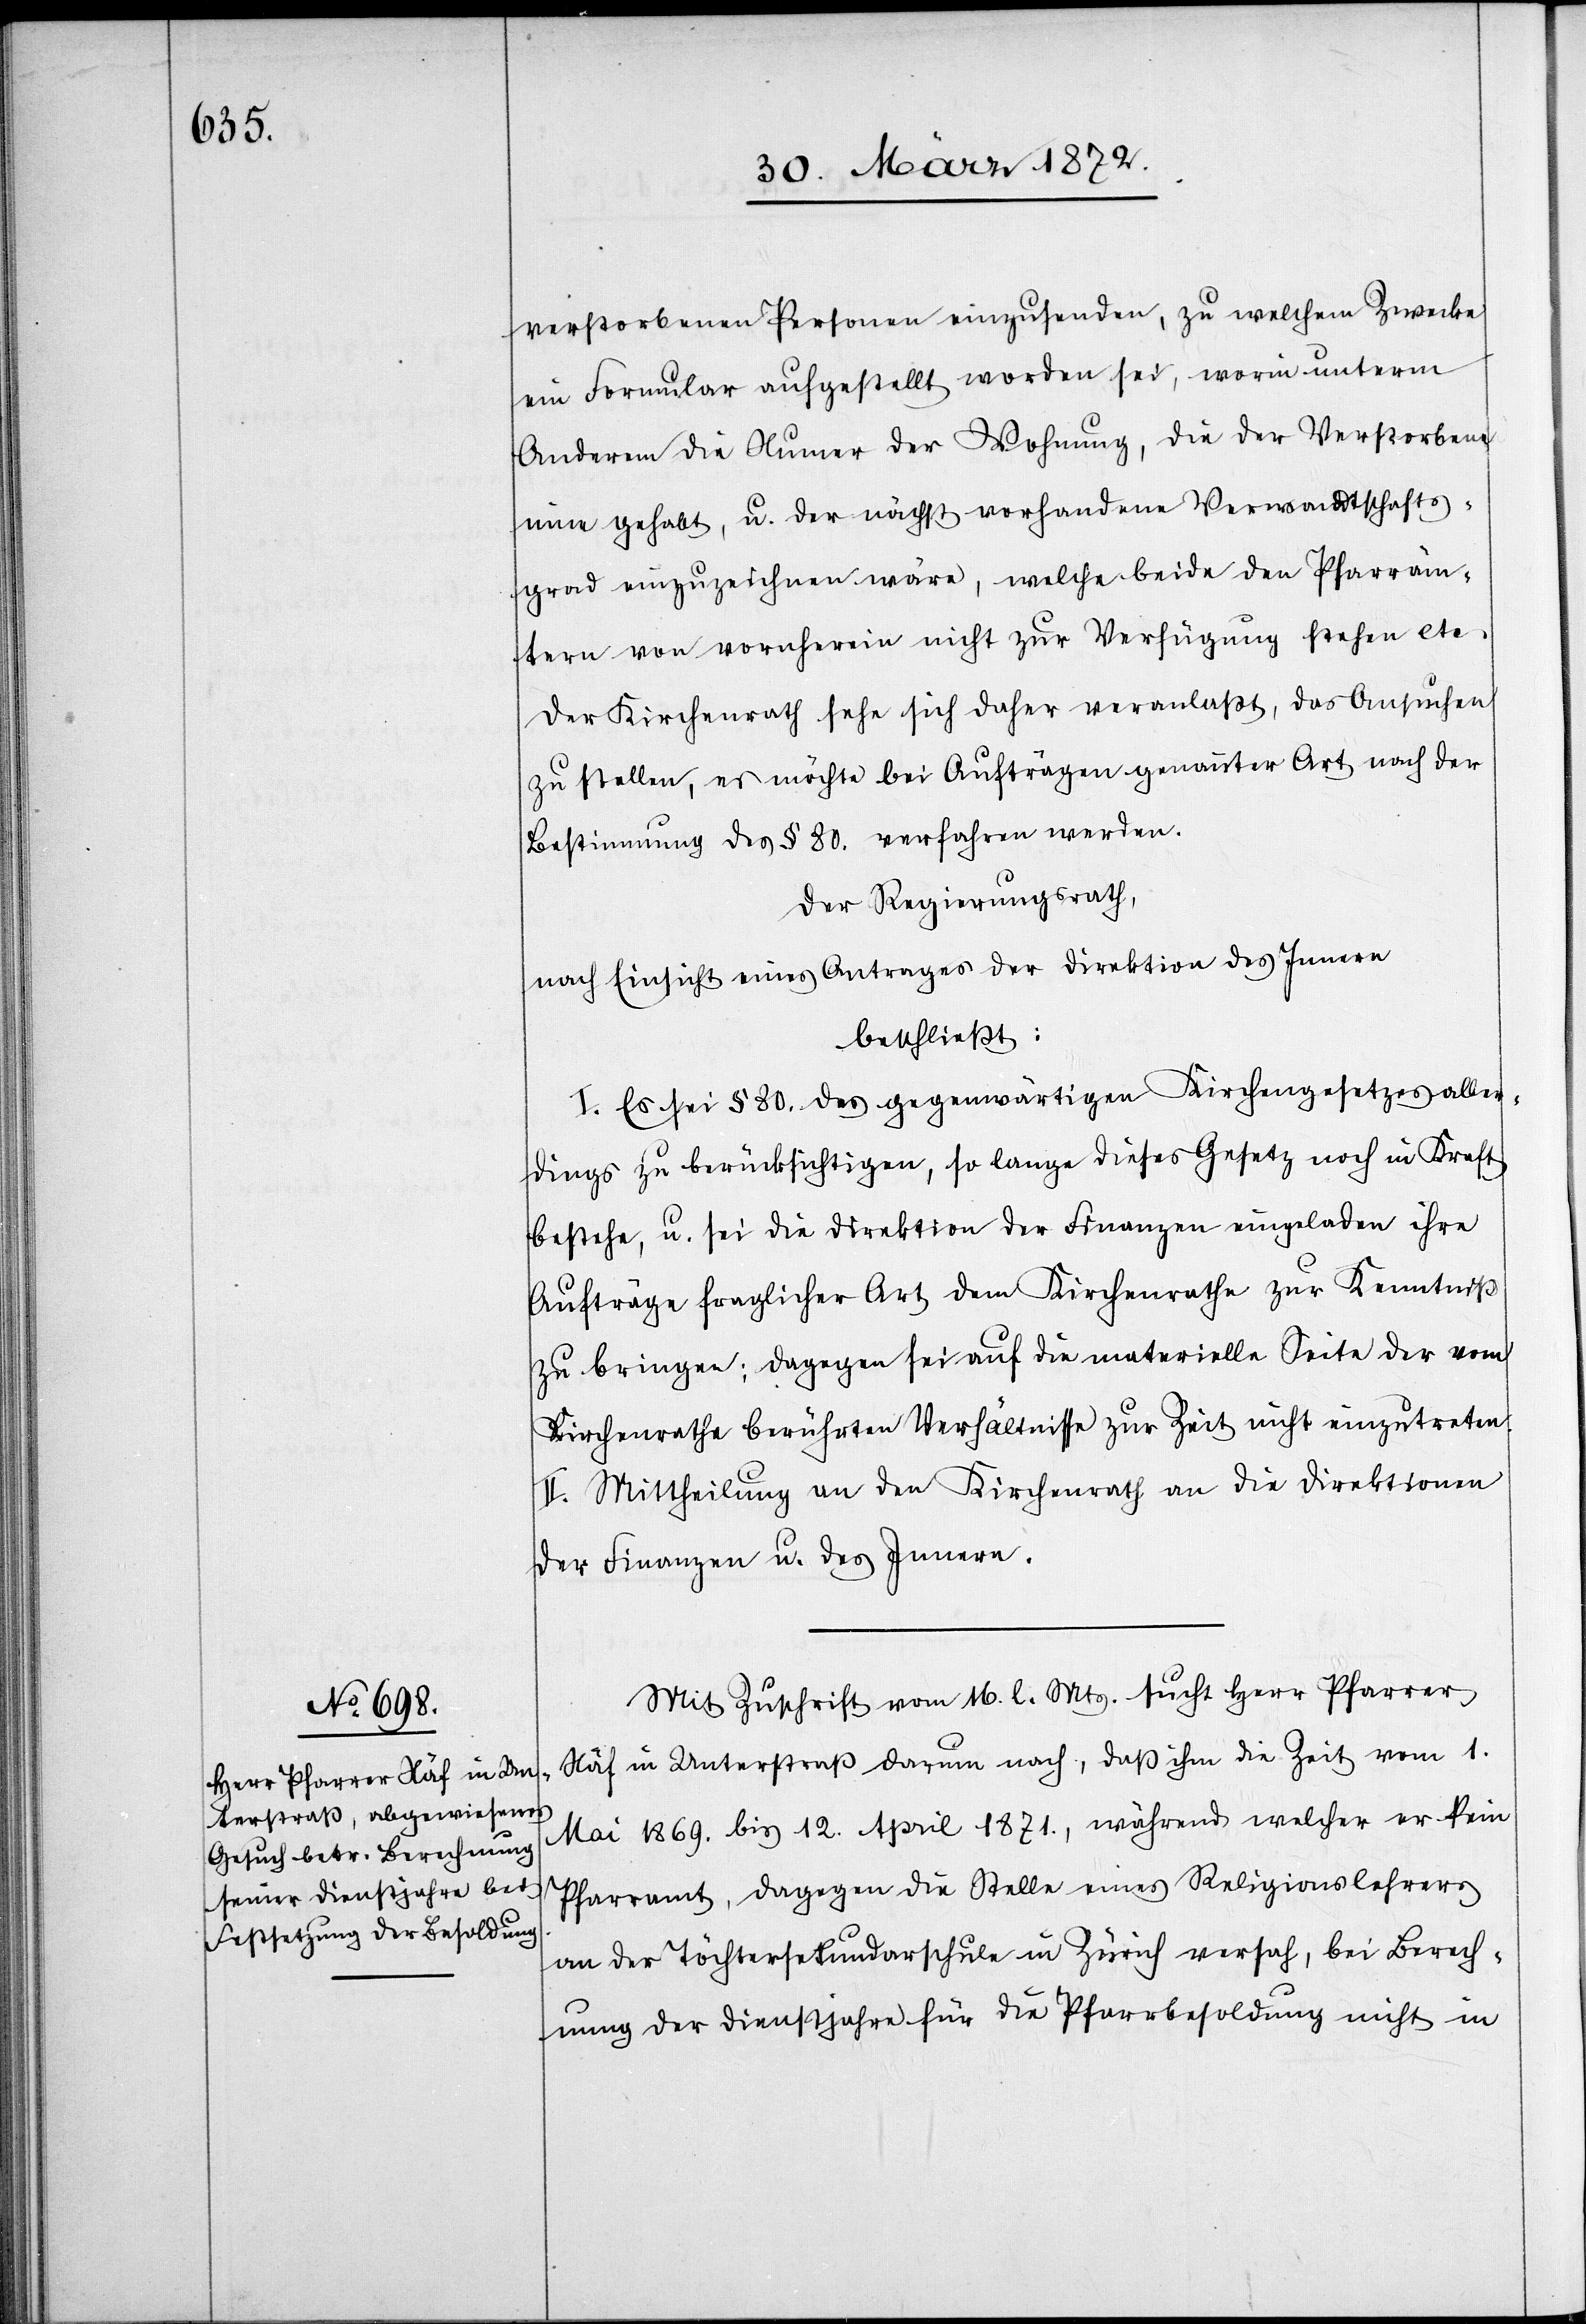
verstorbenen Personen einzusenden, zu welchem Zwecke
ein Formular aufgestellt worden sei, worin unter
Anderem die Numer [sic!] der Wohnung, die der Verstorbene
inne gehabt, u. der nächst vorhandene Verwandtschafts¬
grad einzuzeichnen wäre, welche beide den Pfarräm¬
tern von vornherein nicht zur Verfügung stehen etc.
Der Kirchenrath sehe sich daher veranlaßt, das Ansuchen
zu stellen, es möchte bei Aufträgen genannter Art nach der
Bestimmung des § 80. verfahren werden.
Der Regierungsrath,
nach Einsicht eines Antrages der Direktion des Innern
beschließt:
I. Es sei § 80. des gegenwärtigen Kirchengesetzes aller¬
dings zu berücksichtigen, so lange dieses Gesetz noch in Kraft
bestehe, u. sei die Direktion der Finanzen eingeladen ihre
Aufträge fraglicher Art dem Kirchenrathe zur Kenntniß
zu bringen; dagegen sei auf die materielle Seite der vom
Kirchenrathe berührten Verhältnisse zur Zeit nicht einzutreten.
II. Mittheilung an den Kirchenrath [und] an die Direktionen
der Finanzen u. des Innern.
Mit Zuschrift vom 16. l. Mts. sucht Herr Pfarrer
Näf in Unterstraß darum nach, daß ihm die Zeit vom 1.
Mai 1869. bis 12. April 1871., während welcher er kein
Pfarramt, dagegen die Stelle eines Religionslehrers
an der Töchtersekundarschule in Zürich versah, bei Berech¬
nung der Dienstjahre für die Pfarrbesoldung nicht in